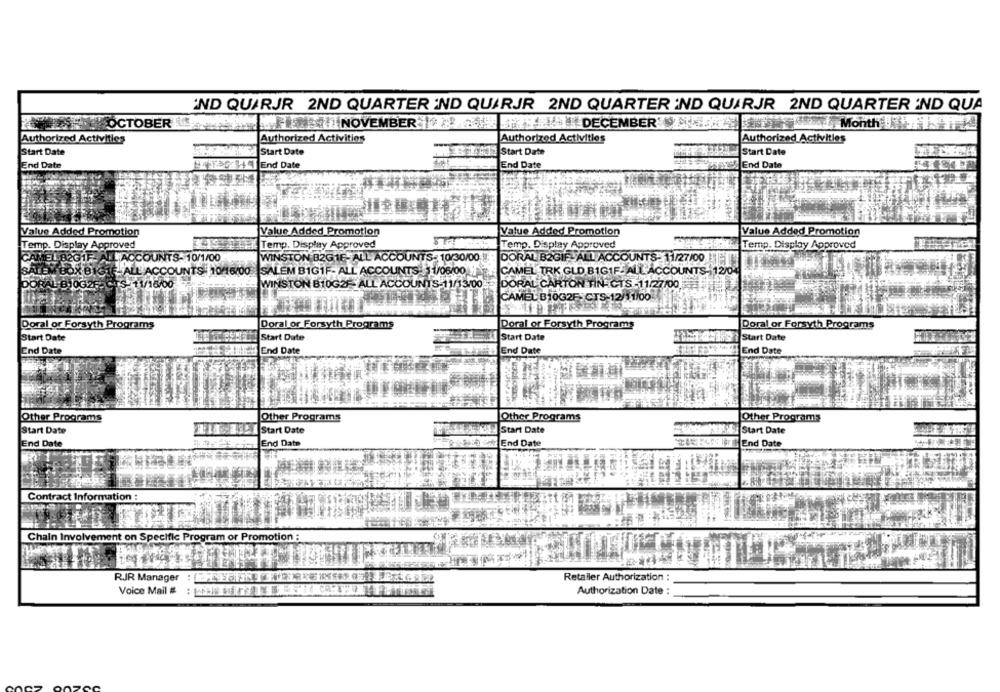
IND QUARJR 2ND QUARTER IND QUARJR 2ND QUARTER IND QUARJR 2ND QUARTER IND QUA
OCTOBER
NOVEMBER / DECEMBER
Month"!
Authorized Activities
Authorized Activities
Authorized Activities
Authorized Activities
Start Date
Start Date
Start Date
12 Start Date
End Date
End Date
End Date
End Date
Value Added Promotion
Value Added Promotion
Value Added Promotion
Value Added Promotion
Temp. Display Approved
Temp. Display Approved
Temp. Display Approved
Temp. Display Approved
CAMEL B2GIF- ALL ACCOUNTS- 10/1/00
WINSTON B2G1F- ALL ACCOUNTS- 10/30/00
DORAL B2GIF-ALL ACCOUNTS-11/27/00
MEORBIGTE. ALL'ACCOUNTSI 10/16/00 SALEM B1GIF- ALL ACCOUNTS 1/06/00
CAMEL TRK GLD BIG1F- ALL ACCOUNTS- 12/04
ZAL
1B)OG2F-CTS 11/16/00
WINSTON B10G2F-ALL ACCOUNTS-11/13/00
DORAL CARTON TIN CTS -11/27/00
CAMEL B10G2F-CTS-12/11/00
Doral or Forsyth Programs
Doral or Forsyth Programs
Doral or Forsyth Programs
Doral or Forsyth Programs
Start Date
Start Date
Start Date
Start Date
End Date
End Date
End Date
End Date
Other Programs
Other Programs
Other Programs
Other Programs
Start Date
Thx Start Date
HI1 Start Date
2349 Start Date
End Date
End Date
Se Lo End Date
FASS Ion & End Date
Contract Information :
Chain Involvement on Specific Program or Promotion :
RIR Manager
Retailer Authorization :
Voice Mail #
Authorization Date :